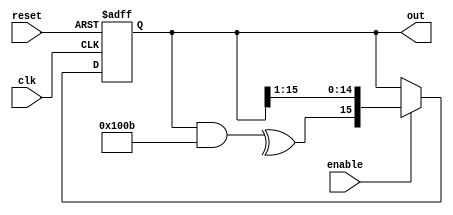
`timescale 1ns / 1ps

module lfsr #(
    parameter WIDTH  = 16,
              TAPS   = 16'b1000000001011,
              INVERT = 0
             )
(
    input                    clk,
    input                    reset,
    input                    enable,
    output reg [WIDTH - 1:0] out
);
    wire feedback = (^(out & TAPS)) ^ INVERT;
    always @(posedge clk or negedge reset)
        if (~reset) out <= { { WIDTH - 1 { 1'b0 } }, 1'b1 };
        else if (enable) out <= { feedback, out [WIDTH - 1:1] };
endmodule